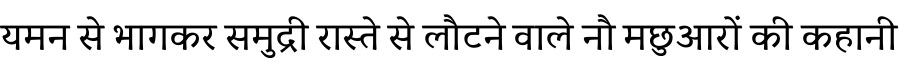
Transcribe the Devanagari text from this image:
यमन से भागकर समुद्री रास्ते से लौटने वाले नौ मछुआरों की कहानी